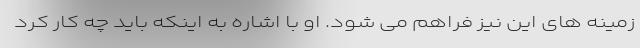
زمینه های این نیز فراهم می شود. او با اشاره به اینکه باید چه کار کرد